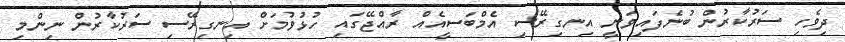
ދިވެހި ސަރުކާރުން ބުނެފައިވަނީ އިނގިރޭސި އެމްބަސީއެއް ރާއްޖޭގައި ހުޅުވުމަށް އިނގިރޭސި ސަރުކާރުން ނިންމި